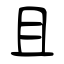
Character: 且